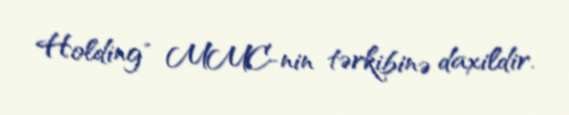
Holding" MMC-nin tərkibinə daxildir.